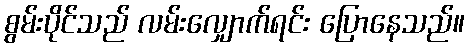
စွမ်းပိုင်သည် လမ်းလျှောက်ရင်း ပြောနေသည်။